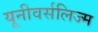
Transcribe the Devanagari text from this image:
यूनीवर्सलिज्म